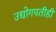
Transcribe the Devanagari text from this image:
उद्योगपतीही